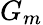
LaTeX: G_{m}